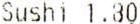
SUSHI 1.30